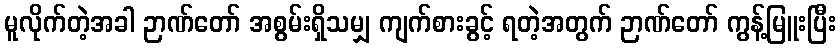
မူလိုက်တဲ့အခါ ဉာဏ်တော် အစွမ်းရှိသမျှ ကျက်စားခွင့် ရတဲ့အတွက် ဉာဏ်တော် ကွန့်မြူးပြီး